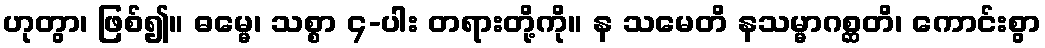
ဟုတွာ၊ ဖြစ်၍။ ဓမ္မေ၊ သစ္စာ ၄-ပါး တရားတို့ကို။ န သမေတိ နသမ္မာဂစ္ဆတိ၊ ကောင်းစွာ